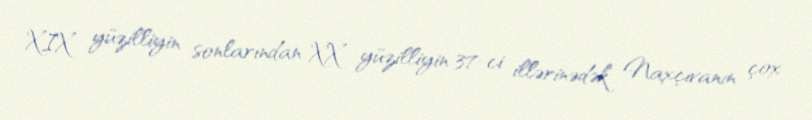
XIX yüzilliyin sonlarından XX yüzilliyin 37-ci illərinədək Naxçıvanın çox